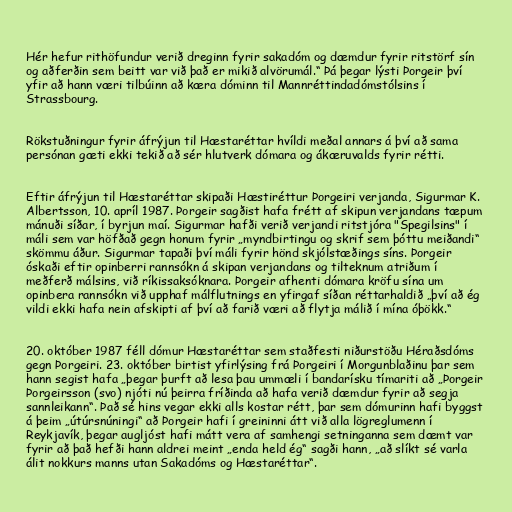
Hér hefur rithöfundur verið dreginn fyrir sakadóm og dæmdur fyrir ritstörf sín
og aðferðin sem beitt var við það er mikið alvörumál.“ Þá þegar lýsti Þorgeir því
yfir að hann væri tilbúinn að kæra dóminn til Mannréttindadómstólsins í
Strassbourg.

Rökstuðningur fyrir áfrýjun til Hæstaréttar hvíldi meðal annars á því að sama
persónan gæti ekki tekið að sér hlutverk dómara og ákæruvalds fyrir rétti.

Eftir áfrýjun til Hæstaréttar skipaði Hæstiréttur Þorgeiri verjanda, Sigurmar K.
Albertsson, 10. apríl 1987. Þorgeir sagðist hafa frétt af skipun verjandans tæpum
mánuði síðar, í byrjun maí. Sigurmar hafði verið verjandi ritstjóra "Spegilsins" í
máli sem var höfðað gegn honum fyrir „myndbirtingu og skrif sem þóttu meiðandi“
skömmu áður. Sigurmar tapaði því máli fyrir hönd skjólstæðings síns. Þorgeir
óskaði eftir opinberri rannsókn á skipan verjandans og tilteknum atriðum í
meðferð málsins, við ríkissaksóknara. Þorgeir afhenti dómara kröfu sína um
opinbera rannsókn við upphaf málflutnings en yfirgaf síðan réttarhaldið „því að ég
vildi ekki hafa nein afskipti af því að farið væri að flytja málið í mína óþökk.“

20. október 1987 féll dómur Hæstaréttar sem staðfesti niðurstöðu Héraðsdóms
gegn Þorgeiri. 23. október birtist yfirlýsing frá Þorgeiri í Morgunblaðinu þar sem
hann segist hafa „þegar þurft að lesa þau ummæli í bandarísku tímariti að „Þorgeir
Þorgeirsson (svo) njóti nú þeirra fríðinda að hafa verið dæmdur fyrir að segja
sannleikann“. Það sé hins vegar ekki alls kostar rétt, þar sem dómurinn hafi byggst
á þeim „útúrsnúningi“ að Þorgeir hafi í greininni átt við alla lögreglumenn í
Reykjavík, þegar augljóst hafi mátt vera af samhengi setninganna sem dæmt var
fyrir að það hefði hann aldrei meint „enda held ég“ sagði hann, „að slíkt sé varla
álit nokkurs manns utan Sakadóms og Hæstaréttar“.